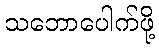
သဘောပေါက်ဖို့